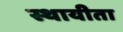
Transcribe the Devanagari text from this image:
स्थायीता